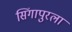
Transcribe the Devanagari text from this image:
सिंगापुरला